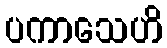
ပကာသေဟိ